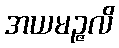
အယမဉ္ဇလိ